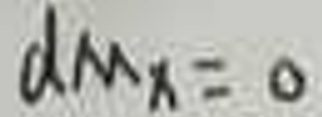
\[
d m_x = 0
\]